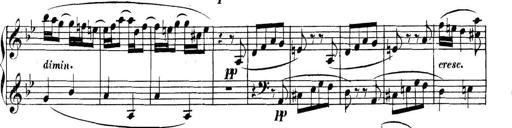
Title: Collected Piano Sonatas
Composer: Muzio Clementi